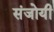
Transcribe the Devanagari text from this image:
संजोयी